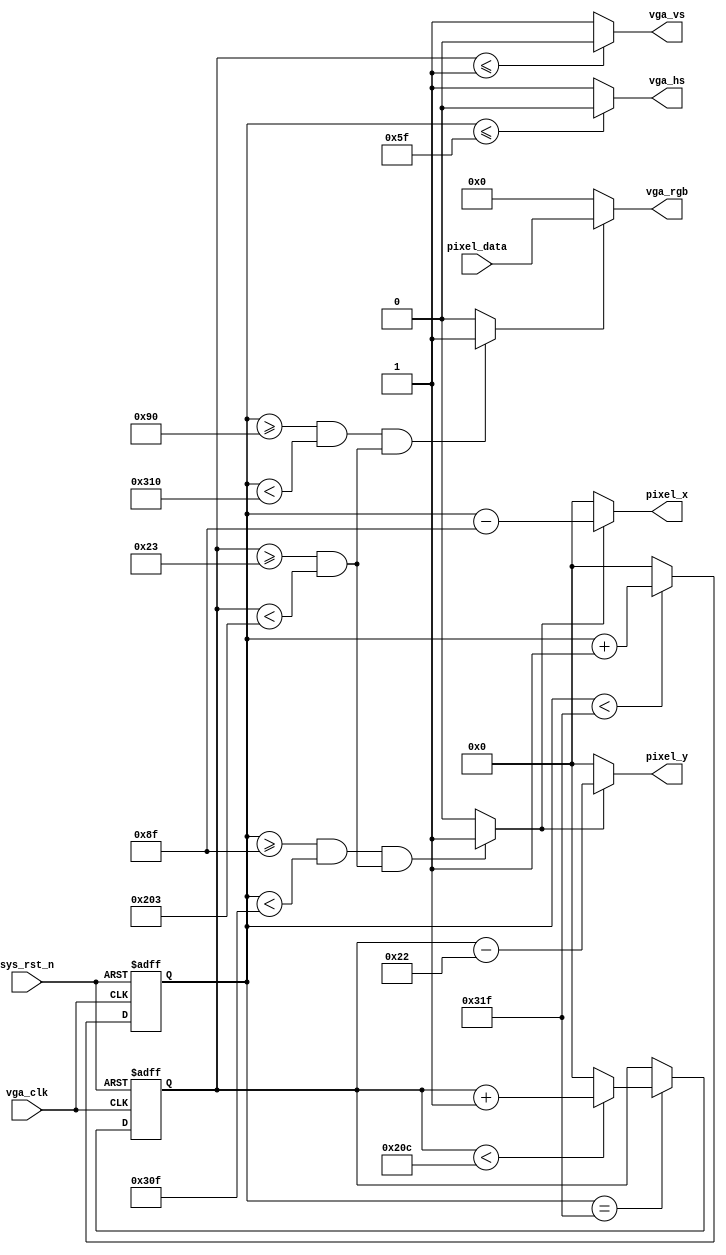
module vga_driver(
    input vga_clk,      // VGA驱动时钟
    input sys_rst_n,    // 复位信号
    //VGA
    output vga_hs,      // 行同步
    output vga_vs,      // 场同步
    output [11:0] vga_rgb, //4+4+4
    
    input [11:0] pixel_data,    //像素点RGB data
    output [9:0] pixel_x,       //像素点横坐标
    output [9:0] pixel_y        //像素点纵坐标
);

// some parameters for sure in the reference Table 
parameter H_SYNC = 10'd96;
parameter H_BACK = 10'd48;
parameter H_DISP = 10'd640;
parameter H_FRONT = 10'd16;
parameter H_TOTAL = 10'd800;

parameter V_SYNC = 10'd2;
parameter V_BACK = 10'd33;
parameter V_DISP = 10'd480;
parameter V_FRONT = 10'd10;
parameter V_TOTAL = 10'd525;

// counters for H and V
reg [9:0] cnt_h;
reg [9:0] cnt_v;

wire vga_en; // 使能控制rgb数据输出
wire data_req;

//*******************************Main Code************************************
//VGA 行场同步信号
assign vga_hs = (cnt_h <= H_SYNC - 1'b1) ? 1'b0 : 1'b1;
assign vga_vs = (cnt_v <= V_SYNC - 1'b1) ? 1'b0 : 1'b1;

// 使能使RGB输出 // 范围内输出
assign vga_en = (((cnt_h >= H_SYNC + H_BACK) && (cnt_h < H_SYNC + H_BACK +H_DISP))
                &&((cnt_v >= V_SYNC + V_BACK) && (cnt_v < V_SYNC + V_BACK + V_DISP)))
                ? 1'b1 : 1'b0;

//在范围内RGB赋值
assign vga_rgb = vga_en ? pixel_data : 12'b0;

// 请求像素点颜色数据输入
assign data_req = (((cnt_h >= H_SYNC + H_BACK -1'b1) && (cnt_h < H_SYNC + H_BACK +H_DISP -1'b1))
                &&((cnt_v >= V_SYNC + V_BACK) && (cnt_v < V_SYNC + V_BACK + V_DISP)))
                ? 1'b1 : 1'b0;
// 像素点坐标
assign pixel_x = data_req ? (cnt_h - (H_SYNC + H_BACK -1'b1)) : 10'd0;
assign pixel_y = data_req ? (cnt_v - (V_SYNC + V_BACK -1'b1)) : 10'd0;

// H counter
always @(posedge vga_clk or posedge sys_rst_n) begin
    if(sys_rst_n)  cnt_h <= 10'd0;
    else begin
        if(cnt_h < H_TOTAL - 1'b1)  cnt_h <= cnt_h + 1'b1;
        else cnt_h <= 10'd0;
    end
end
// V counter
always @(posedge vga_clk or posedge sys_rst_n) begin
    if(sys_rst_n)  cnt_v <= 10'd0;
    else if(cnt_h == H_TOTAL - 1'b1) begin
        if(cnt_v < V_TOTAL - 1'b1)  cnt_v <= cnt_v + 1'b1;
        else cnt_v <= 10'd0;
    end
end
endmodule